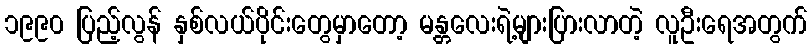
၁၉၉၀ ပြည့်လွန် နှစ်လယ်ပိုင်းတွေမှာတော့ မန္တလေးရဲ့များပြားလာတဲ့ လူဦးရေအတွက်